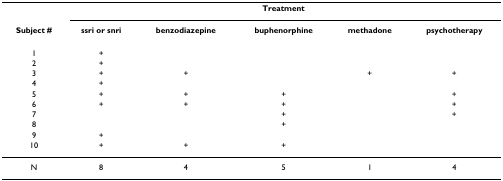
<table><thead><tr><td></td><td colspan="5"><b>Treatment</b></td></tr><tr><td><b>Subject #</b></td><td><b>ssri or snri</b></td><td><b>benzodiazepine</b></td><td><b>buphenorphine</b></td><td><b>methadone</b></td><td><b>psychotherapy</b></td></tr></thead><tbody><tr><td>1</td><td>+</td><td></td><td></td><td></td><td></td></tr><tr><td>2</td><td>+</td><td></td><td></td><td></td><td></td></tr><tr><td>3</td><td>+</td><td>+</td><td></td><td>+</td><td>+</td></tr><tr><td>4</td><td>+</td><td></td><td></td><td></td><td></td></tr><tr><td>5</td><td>+</td><td>+</td><td>+</td><td></td><td>+</td></tr><tr><td>6</td><td>+</td><td>+</td><td>+</td><td></td><td>+</td></tr><tr><td>7</td><td></td><td></td><td>+</td><td></td><td>+</td></tr><tr><td>8</td><td></td><td></td><td>+</td><td></td><td></td></tr><tr><td>9</td><td>+</td><td></td><td></td><td></td><td></td></tr><tr><td>10</td><td>+</td><td>+</td><td>+</td><td></td><td></td></tr><tr><td>N</td><td>8</td><td>4</td><td>5</td><td>1</td><td>4</td></tr></tbody></table>